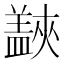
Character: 𱲜